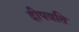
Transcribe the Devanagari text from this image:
दीपवति